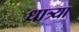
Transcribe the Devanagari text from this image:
धात्र्या